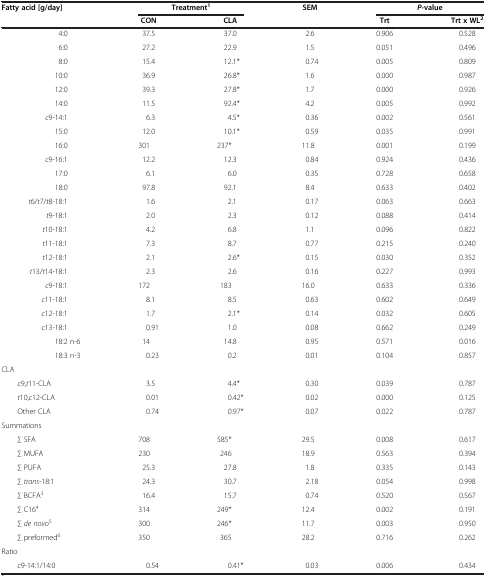
<table><thead><tr><td><b>Fatty acid [g/day]</b></td><td colspan="2"><b>Treatment<sup>1</sup></b></td><td><b>SEM</b></td><td colspan="2"><b><i>P</i>-value</b></td></tr><tr><td><b> </b></td><td><b>CON</b></td><td><b>CLA</b></td><td><b> </b></td><td><b>Trt</b></td><td><b>Trt x WL<sup>2</sup></b></td></tr></thead><tbody><tr><td>4:0</td><td>37.5</td><td>37.0</td><td>2.6</td><td>0.906</td><td>0.528</td></tr><tr><td>6:0</td><td>27.2</td><td>22.9</td><td>1.5</td><td>0.051</td><td>0.496</td></tr><tr><td>8:0</td><td>15.4</td><td>12.1*</td><td>0.74</td><td>0.005</td><td>0.809</td></tr><tr><td>10:0</td><td>36.9</td><td>26.8*</td><td>1.6</td><td>0.000</td><td>0.987</td></tr><tr><td>12:0</td><td>39.3</td><td>27.8*</td><td>1.7</td><td>0.000</td><td>0.926</td></tr><tr><td>14:0</td><td>11.5</td><td>92.4*</td><td>4.2</td><td>0.005</td><td>0.992</td></tr><tr><td><i>c</i>9-14:1</td><td>6.3</td><td>4.5*</td><td>0.36</td><td>0.002</td><td>0.561</td></tr><tr><td>15:0</td><td>12.0</td><td>10.1*</td><td>0.59</td><td>0.035</td><td>0.991</td></tr><tr><td>16:0</td><td>301</td><td>237*</td><td>11.8</td><td>0.001</td><td>0.199</td></tr><tr><td><i>c</i>9-16:1</td><td>12.2</td><td>12.3</td><td>0.84</td><td>0.924</td><td>0.436</td></tr><tr><td>17:0</td><td>6.1</td><td>6.0</td><td>0.35</td><td>0.728</td><td>0.658</td></tr><tr><td>18:0</td><td>97.8</td><td>92.1</td><td>8.4</td><td>0.633</td><td>0.402</td></tr><tr><td><i>t</i>6/<i>t</i>7/<i>t</i>8-18:1</td><td>1.6</td><td>2.1</td><td>0.17</td><td>0.063</td><td>0.663</td></tr><tr><td><i>t</i>9-18:1</td><td>2.0</td><td>2.3</td><td>0.12</td><td>0.088</td><td>0.414</td></tr><tr><td><i>t</i>10-18:1</td><td>4.2</td><td>6.8</td><td>1.1</td><td>0.096</td><td>0.822</td></tr><tr><td><i>t</i>11-18:1</td><td>7.3</td><td>8.7</td><td>0.77</td><td>0.215</td><td>0.240</td></tr><tr><td><i>t</i>12-18:1</td><td>2.1</td><td>2.6*</td><td>0.15</td><td>0.030</td><td>0.352</td></tr><tr><td><i>t</i>13/<i>t</i>14-18:1</td><td>2.3</td><td>2.6</td><td>0.16</td><td>0.227</td><td>0.993</td></tr><tr><td><i>c</i>9-18:1</td><td>172</td><td>183</td><td>16.0</td><td>0.633</td><td>0.336</td></tr><tr><td><i>c</i>11-18:1</td><td>8.1</td><td>8.5</td><td>0.63</td><td>0.602</td><td>0.649</td></tr><tr><td><i>c</i>12-18:1</td><td>1.7</td><td>2.1*</td><td>0.14</td><td>0.032</td><td>0.605</td></tr><tr><td><i>c</i>13-18:1</td><td>0.91</td><td>1.0</td><td>0.08</td><td>0.662</td><td>0.249</td></tr><tr><td>18:2 n-6</td><td>14</td><td>14.8</td><td>0.95</td><td>0.571</td><td>0.016</td></tr><tr><td>18:3 n-3</td><td>0.23</td><td>0.2</td><td>0.01</td><td>0.104</td><td>0.857</td></tr><tr><td colspan="6">CLA</td></tr><tr><td><i>c</i>9,<i>t</i>11-CLA</td><td>3.5</td><td>4.4*</td><td>0.30</td><td>0.039</td><td>0.787</td></tr><tr><td><i>t</i>10,<i>c</i>12-CLA</td><td>0.01</td><td>0.42*</td><td>0.02</td><td>0.000</td><td>0.125</td></tr><tr><td>Other CLA</td><td>0.74</td><td>0.97*</td><td>0.07</td><td>0.022</td><td>0.787</td></tr><tr><td colspan="6">Summations</td></tr><tr><td>∑ SFA</td><td>708</td><td>585*</td><td>29.5</td><td>0.008</td><td>0.617</td></tr><tr><td>∑ MUFA</td><td>230</td><td>246</td><td>18.9</td><td>0.563</td><td>0.394</td></tr><tr><td>∑ PUFA</td><td>25.3</td><td>27.8</td><td>1.8</td><td>0.335</td><td>0.143</td></tr><tr><td>∑ <i>trans</i>-18:1</td><td>24.3</td><td>30.7</td><td>2.18</td><td>0.054</td><td>0.998</td></tr><tr><td>∑ BCFA<sup>3</sup></td><td>16.4</td><td>15.7</td><td>0.74</td><td>0.520</td><td>0.567</td></tr><tr><td>∑ C16<sup>4</sup></td><td>314</td><td>249*</td><td>12.4</td><td>0.002</td><td>0.191</td></tr><tr><td>∑ <i>de novo</i><sup>5</sup></td><td>300</td><td>246*</td><td>11.7</td><td>0.003</td><td>0.950</td></tr><tr><td>∑ preformed<sup>6</sup></td><td>350</td><td>365</td><td>28.2</td><td>0.716</td><td>0.262</td></tr><tr><td colspan="6">Ratio</td></tr><tr><td><i>c</i>9-14:1/14:0</td><td>0.54</td><td>0.41*</td><td>0.03</td><td>0.006</td><td>0.434</td></tr></tbody></table>